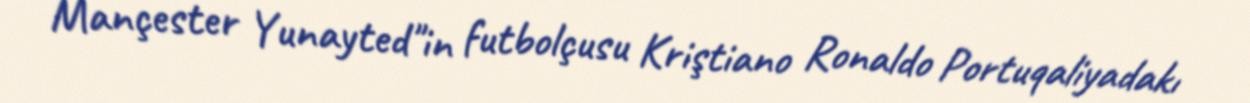
Mançester Yunayted"in futbolçusu Kriştiano Ronaldo Portuqaliyadakı